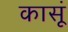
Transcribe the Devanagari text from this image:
कासूं